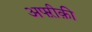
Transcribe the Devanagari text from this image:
अफ्ऱीक़ी